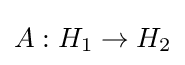
A:H_{1}\rightarrow H_{2}